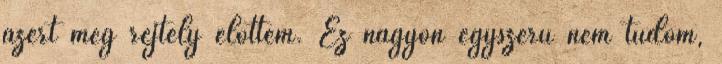
azért még rejtély előttem. Ez nagyon egyszerű nem tudom,